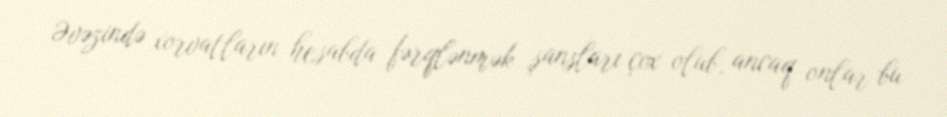
Əvəzində xorvatların hesabda fərqlənmək şansları çox olub, ancaq onlar bu